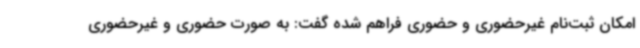
امکان ثبت‌نام غیرحضوری و حضوری فراهم شده گفت: به صورت حضوری و غیرحضوری